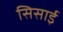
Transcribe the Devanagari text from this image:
सिसाई